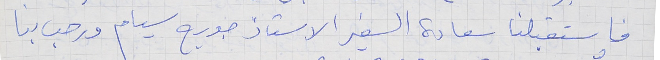
فاستقبلنا سعادة السفير الاستاذ جورج سيام ورحب بنا